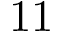
\mathrm { 1 1 }